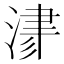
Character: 𣸁